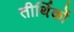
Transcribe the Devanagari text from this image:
तीर्थिकों